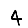
Digit: 4